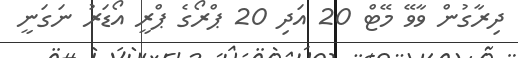
ދިރާގުން ވާވޭ މޭޓް 20 އަދި 20 ޕްރޯގެ ޕްރީ އޯޑަރު ނަގަނީ